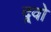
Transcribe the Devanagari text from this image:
द्र्वो